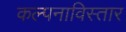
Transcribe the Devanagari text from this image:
कल्पनाविस्तार